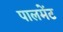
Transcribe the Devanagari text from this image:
पालमेंट